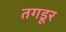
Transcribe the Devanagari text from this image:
तगडूर